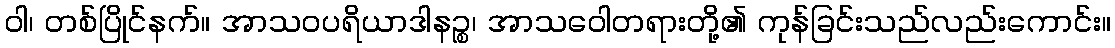
ဝါ၊ တစ်ပြိုင်နက်။ အာသဝပရိယာဒါနဉ္စ၊ အာသဝေါတရားတို့၏ ကုန်ခြင်းသည်လည်းကောင်း။